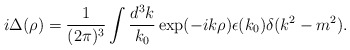
\begin{align*}i\Delta(\rho)=\frac{1}{(2\pi)^3}\int\frac{d^3k}{k_0}\exp(-ik\rho)\epsilon(k_0)\delta(k^2-m^2).\end{align*}